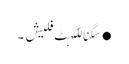
●سگناللگہٹ فلیش ۔